Report of an investigation of the epidemic of malarial fever in Assam, or, kala-azar
Disease focus: Malaria
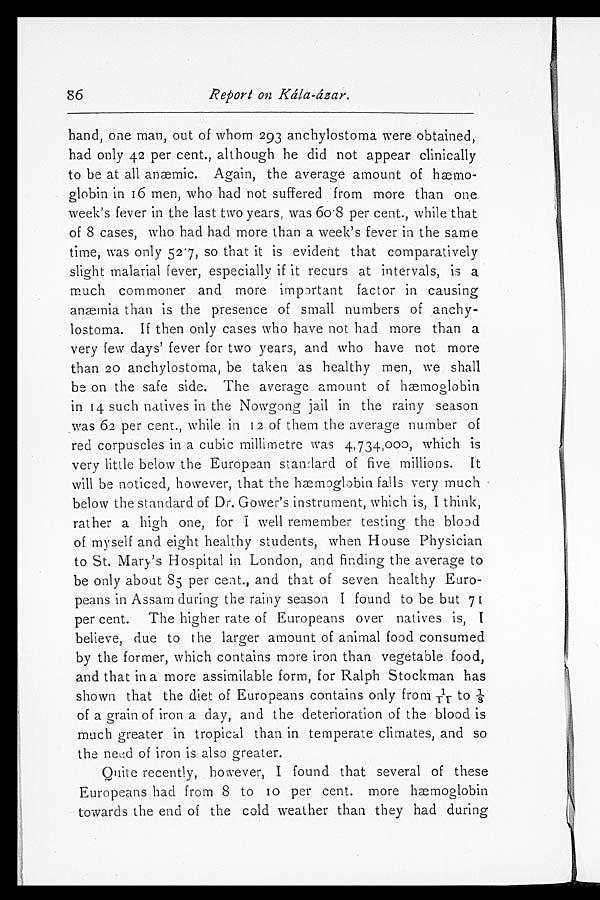
86
Report on Kála-ázar.
8 6
R e p o r t o n K á l a - á z a r . hand, one man, out of whom 293 anchylostoma were obtained,
had only 42 per cent., although he did not appear clinically
to be at all anæmic. Again, the average amount of hæmo
- g l o b i n i n 1 6 m e n , w h o h a d n o t s u f f e r e d f r o m m o r e t h a n o n e
week's fever in the last two years, was 60.8 per cent., while that
of 8 cases, who had had more than a week's fever in the same
time, was only 52.7, so that it is evident that comparatively
slight malarial fever, especially if it recurs at intervals, is a
much commoner and more important factor in causing
anæmia than is the presence of small numbers of anchy
-lostoma. If then only cases who have not had more than a
very few days' fever for two years, and who have not more
than 20 anchylostoma, be taken as healthy men, we shall
be on the safe side. The average amount of hæmoglobin
in 14 such natives in the Nowgong jail in the rainy season
was 62 per cent., while in 12 of them the average number of
red corpuscles in a cubic millimetre was 4,734,000, which is
very little below the European standard of five millions. It
will be noticed, however, that the hæmoglobin falls very much
below the standard of Dr. Gower's instrument, which is, I think,
rather a high one, for I well remember testing the blood
of myself and eight healthy students, when House Physician
to St. Mary's Hospital in London, and finding the average to
be only about 85 per cent., and that of seven healthy Euro
-peans in Assam during the rainy season I found to be but 71
per cent. The higher rate of Europeans over natives is, I
believe, due to the larger amount of animal food consumed
by the former, which contains more iron than vegetable food,
and that in a more assimilable form, for Ralph Stockman has
shown that the diet of Europeans contains only from 1/11t o 1 / 8
of a grain of iron a day, and the deterioration of the blood is
much greater in tropical than in temperate climates, and so
the need of iron is also greater.
Quite recently, however, I found that several of these
Europeans had from 8 to 10 per cent. more haemoglobin
towards the end of the cold weather than they had during